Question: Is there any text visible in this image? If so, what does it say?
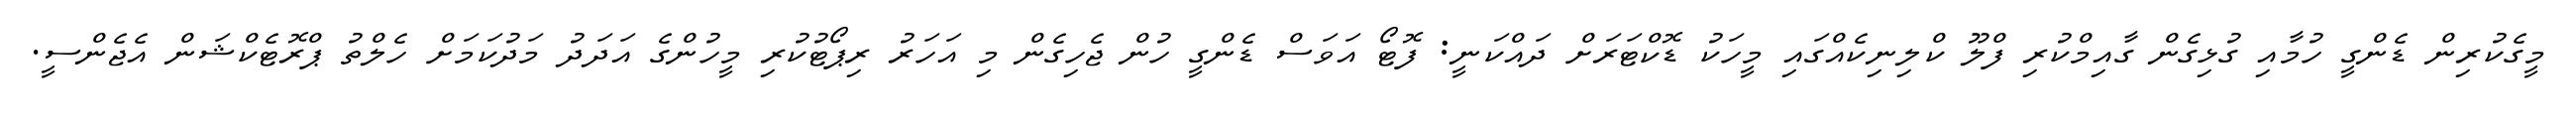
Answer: މީގެކުރިން ޑެންގީ ހުމާއި ގުޅިގެން ގާއިމްކުރި ފްލޫ ކްލިނިކެއްގައި މީހަކު ޑޮކްޓަރަށް ދައްކަނީ: ފޮޓޯ އަވަސް ޑެންގީ ހުން ޖެހިގެން މި އަހަރު ރިޕޯޓުކުރި މީހުންގެ އަދަދު މަދުކަމަށް ހެލްތު ޕްރޮޓެކްޝަން އެޖެންސީ.